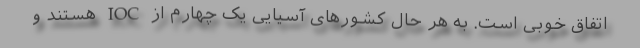
اتفاق خوبی است. به هر حال کشورهای آسیایی یک چهارم از IOC هستند و